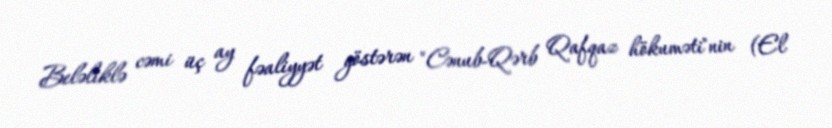
Beləliklə cəmi üç ay fəaliyyət göstərən "Cənub-Qərb Qafqaz hökuməti"nin (El